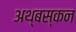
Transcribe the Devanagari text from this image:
अथ्बस्कन